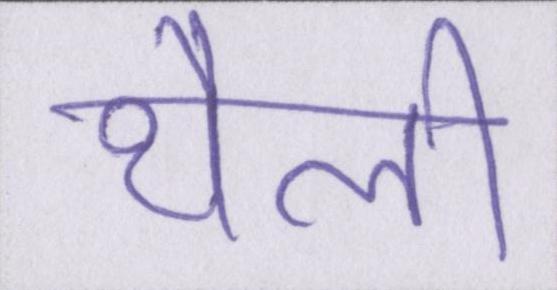
थैली